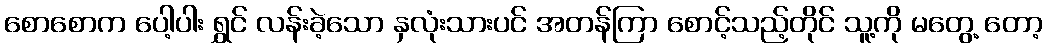
စောစောက ပေါ့ပါး ရွှင် လန်းခဲ့သော နှလုံးသားပင် အတန်ကြာ စောင့်သည့်တိုင် သူ့ကို မတွေ့ တော့